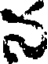
న